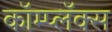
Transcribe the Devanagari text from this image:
कॉम्प्लॅक्स